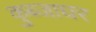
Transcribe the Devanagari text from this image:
कुब्जाघर